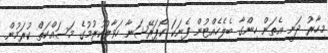
މިހާރު ދަނީ އެތަން ހިންގާ ބެލެހެއްޓުން ފެނަކަ ކޯޕަރޭޝަނާ ހަވާލުކުރުމުގެ މަސައްކަތް ކުރަމުން.